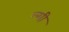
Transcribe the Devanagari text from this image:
ल्गी